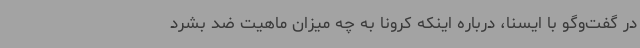
در گفت‌وگو با ایسنا، درباره اینکه کرونا به چه میزان ماهیت ضد بشرد